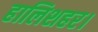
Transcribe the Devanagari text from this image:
हालिशहर।